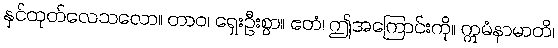
နှင်ထုတ်လေသလော။ တာဝ၊ ရှေးဦးစွာ။ ဧတံ၊ ဤအကြောင်းကို။ ဣမံနာမာတိ၊